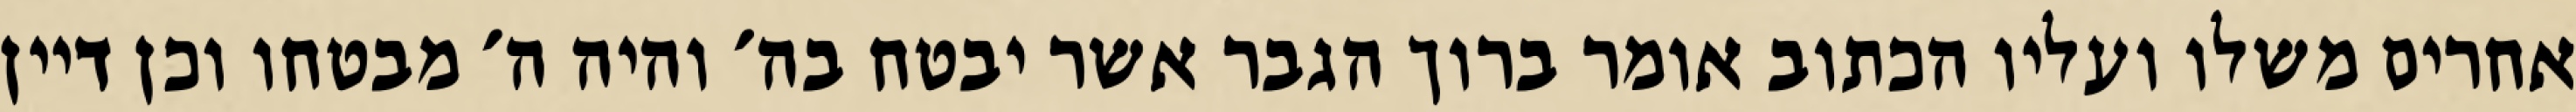
אחרים משלו ועליו הכתוב אומר ברוך הגבר אשר יבטח בה׳ והיה ה׳ מבטחו וכן דיין